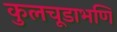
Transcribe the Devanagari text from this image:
कुलचूडाभणि